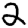
Digit: 2